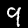
Label: 9